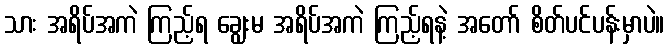
သား အရိပ်အကဲ ကြည့်ရ ချွေးမ အရိပ်အကဲ ကြည့်ရနဲ့ အတော် စိတ်ပင်ပန်းမှာပဲ။